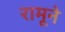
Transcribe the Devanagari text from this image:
रामूने